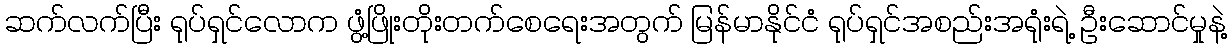
ဆက်လက်ပြီး ရုပ်ရှင်လောက ဖွံ့ဖြိုးတိုးတက်စေရေးအတွက် မြန်မာနိုင်ငံ ရုပ်ရှင်အစည်းအရုံးရဲ့ ဦးဆောင်မှုနဲ့